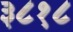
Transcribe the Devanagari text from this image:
३८१८